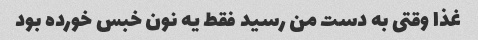
غذا وقتی به دست من رسید فقط یه نون خبس خورده بود